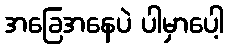
အခြေအနေပဲ ပါမှာပေါ့